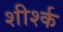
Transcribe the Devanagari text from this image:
शीर्श्क